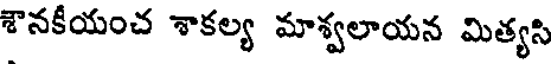
శానకీయంచ శాకల్య మాశ్వలాయన మిత్యసి